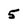
Character: 5